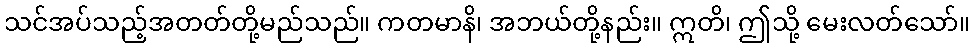
သင်အပ်သည့်အတတ်တို့မည်သည်။ ကတမာနိ၊ အဘယ်တို့နည်း။ ဣတိ၊ ဤသို့ မေးလတ်သော်။